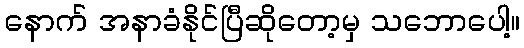
နောက် အနာခံနိုင်ပြီဆိုတော့မှ သဘောပေါ့။